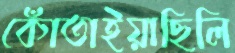
কোঁতাইয়াছিলি